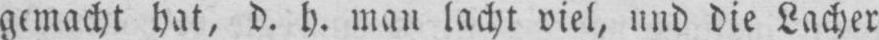
gemacht hat, d. h. man lacht viel, und die Lacher